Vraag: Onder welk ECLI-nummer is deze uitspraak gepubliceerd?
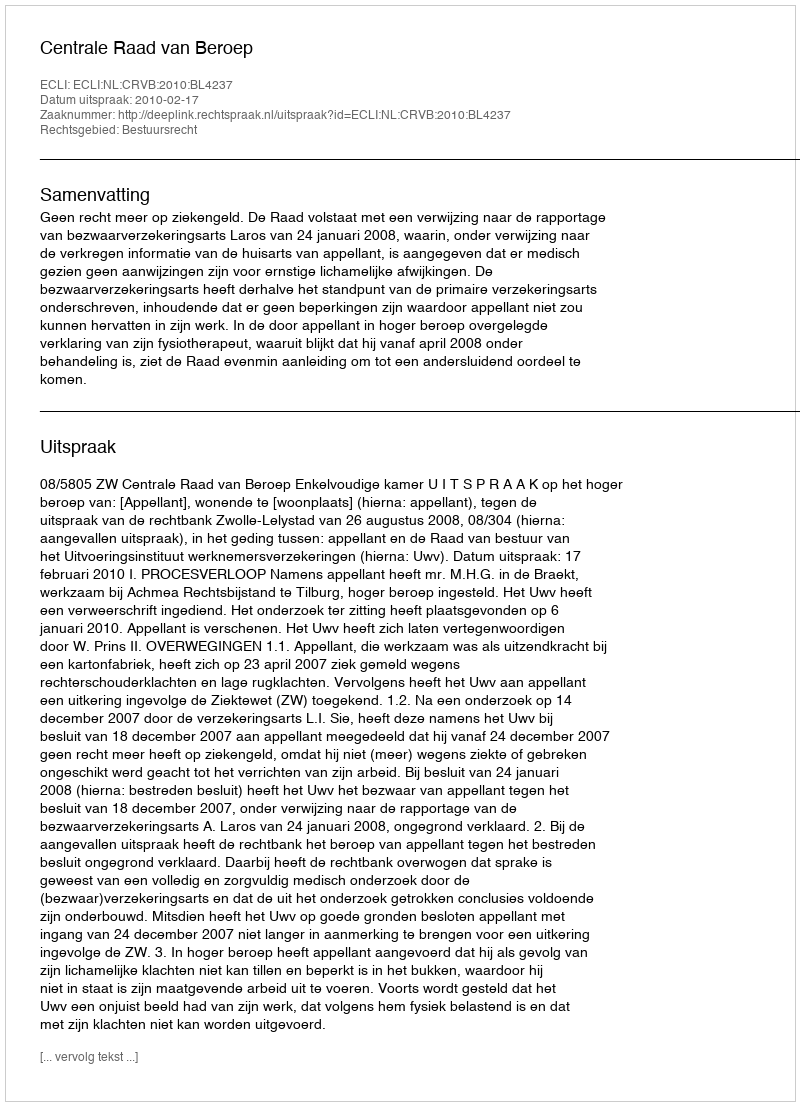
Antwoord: ECLI:NL:CRVB:2010:BL4237